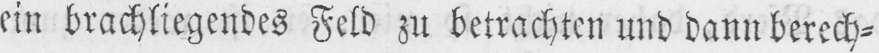
ein brachliegendes Feld zu betrachten und dann berech⸗